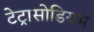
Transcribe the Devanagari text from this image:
टेट्रासोडियम